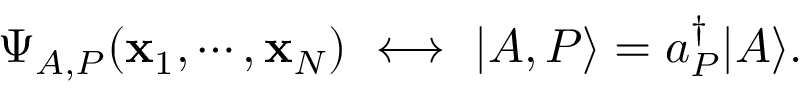
\Psi _ { A , P } ( \mathbf { x } _ { 1 } , \cdots , \mathbf { x } _ { N } ) \, \, \longleftrightarrow \, \, | A , P \rangle = a _ { P } ^ { \dagger } | A \rangle .